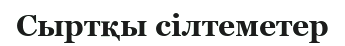
Сыртқы сілтеметер